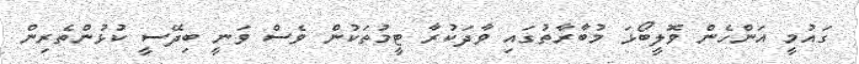
ގައުމީ އަންހެން ވޮލީބޯޅަ މުބާރާތުގައި ވާދަކުރާ ޓީމުތަކުން ވެސް ވަނީ ބިދޭސީ ކުޅުންތެރިން